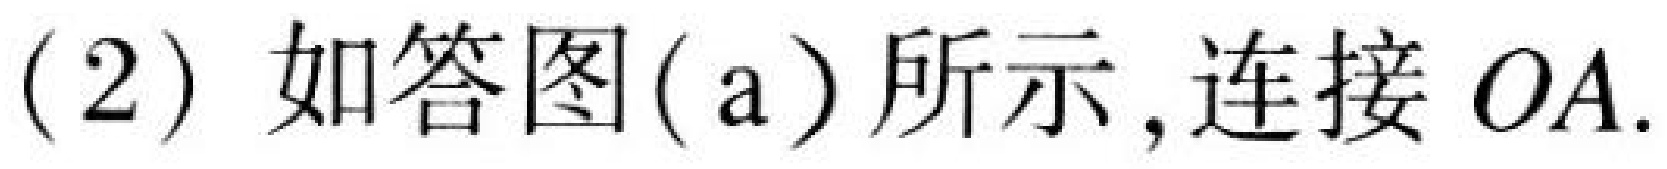
(2) 如答图(a)所示,连接 \(OA\).